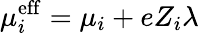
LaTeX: \mu_{i}^{\mathrm{eff}}=\mu_{i}+eZ_{i}\lambda